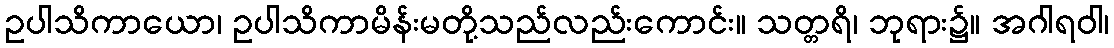
ဥပါသိကာယော၊ ဥပါသိကာမိန်းမတို့သည်လည်းကောင်း။ သတ္တရိ၊ ဘုရား၌။ အဂါရဝါ၊